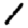
Digit: 1